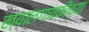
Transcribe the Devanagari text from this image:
ख्यालगायकीच्या